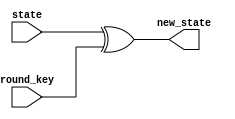
module AddRoundKey(
    input [127:0] state,
    input [127:0] round_key,
    output [127:0] new_state
);
    assign new_state = state ^ round_key; // XOR operation for AddRoundKey
endmodule